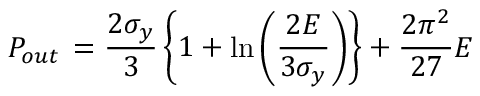
P _ { o u t } \, = \frac { 2 \sigma _ { y } } { 3 } \left\{ 1 + \ln \left( \frac { 2 E } { 3 \sigma _ { y } } \right) \right\} + \frac { 2 \pi ^ { 2 } } { 2 7 } E